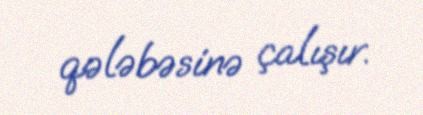
qələbəsinə çalışır.